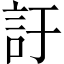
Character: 訏